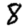
Digit: 8